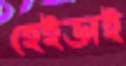
হেইডাই